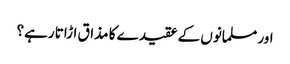
اور مسلمانوں کے عقیدے کا مذاق اڑاتا رہے؟